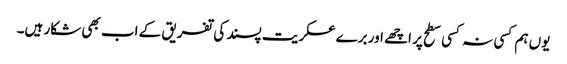
یوں ہم کسی نہ کسی سطح پر اچھے اور برے عسکریت پسند کی تفریق کے اب بھی شکار ہیں۔